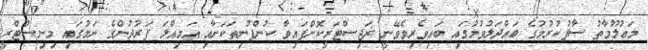
މަޢުލޫމާތު ސާފުކުރުމުގެ ބައްދަލުވުމުގައި ބައިވެރިވެވޭނީ ރަޖިސްޓަރީކޮށްފައިވާ ކުންފުނިތަކަށާއި އަމިއްލަ ފަރުދުންގެ ނަމުގައި މިނިސްޓްރީ